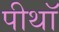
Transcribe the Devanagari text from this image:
पीथॉ